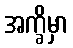
အက္ခိမှာ